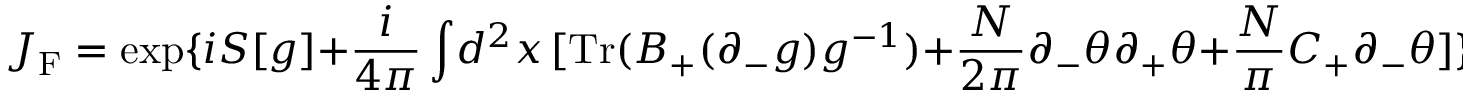
J _ { \mathrm { F } } = \exp \{ i S [ g ] + \frac { i } { 4 \pi } \int \! d ^ { 2 } x \, [ \mathrm { T r } ( B _ { + } ( \partial _ { - } g ) g ^ { - 1 } ) + \frac { N } { 2 \pi } \partial _ { - } \theta \partial _ { + } \theta + \frac { N } { \pi } C _ { + } \partial _ { - } \theta ] \} \quad ,